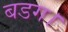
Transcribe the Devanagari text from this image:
बडग।